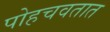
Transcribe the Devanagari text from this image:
पोहचवतात